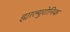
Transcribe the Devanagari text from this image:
ह्याल्युरोनिक